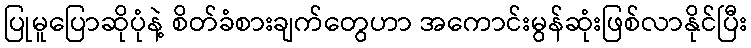
ပြုမူပြောဆိုပုံနဲ့ စိတ်ခံစားချက်တွေဟာ အကောင်းမွန်ဆုံးဖြစ်လာနိုင်ပြီး